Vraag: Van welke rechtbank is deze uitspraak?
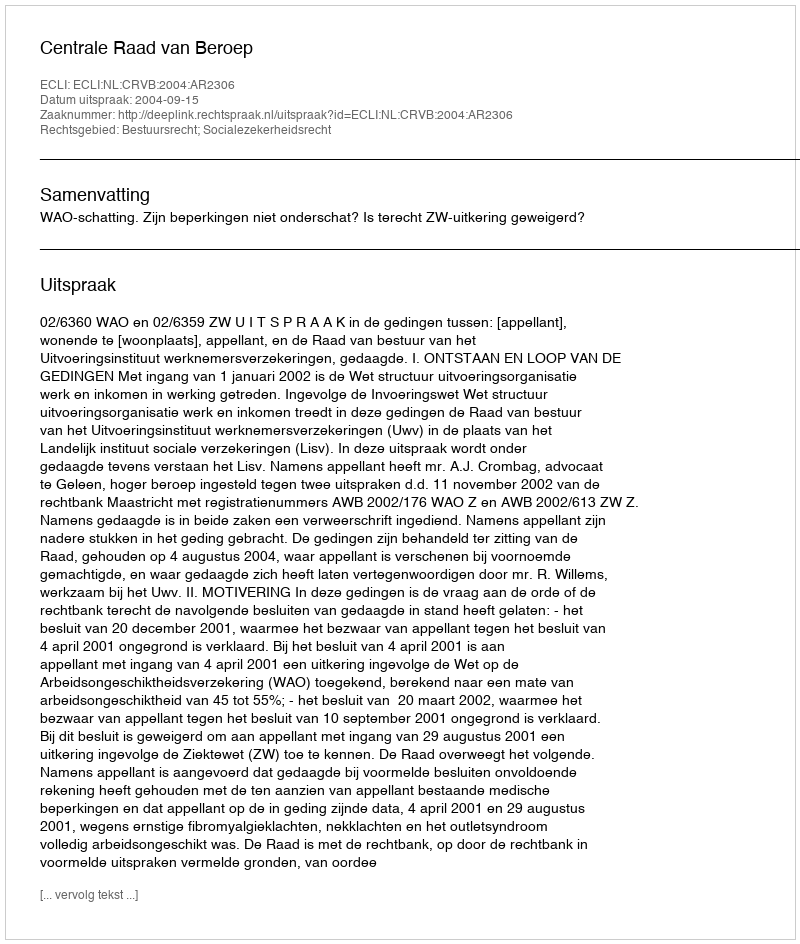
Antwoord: Centrale Raad van Beroep